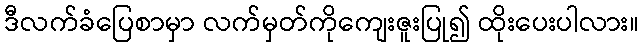
ဒီလက်ခံပြေစာမှာ လက်မှတ်ကိုကျေးဇူးပြု၍ ထိုးပေးပါလား။